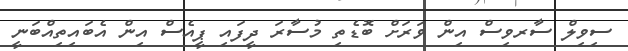
ސިވިލް ސާރވިސް އިން ވަރަށް ބޮޑެތި މުސާރަ ދީފައި ޕީއެސް އިން އެބައިތިއްބަނީ